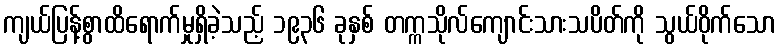
ကျယ်ပြန့်စွာထိရောက်မှုရှိခဲ့သည့် ၁၉၃၆ ခုနှစ် တက္ကသိုလ်ကျောင်းသားသပိတ်ကို သွယ်ဝိုက်သော